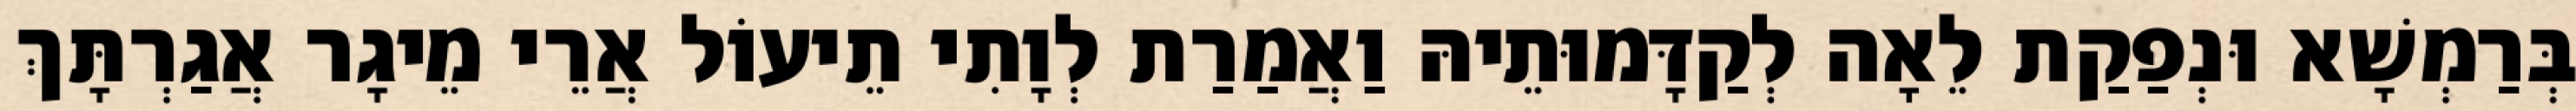
בְּרַמְשָׁא וּנְפַקַת לֵאָה לְקַדָּמוּתֵיהּ וַאֲמַרַת לְוָתִי תֵיעוֹל אֲרֵי מֵיגָר אֲגַרְתָּךְ